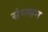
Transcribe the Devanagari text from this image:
संग्त्सन